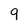
Character: 9